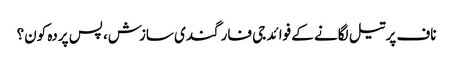
ناف پرتیل لگانے کے فوائد	جی فار گندی سازش، پس پردہ کون؟